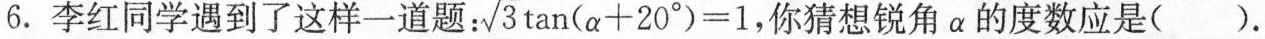
6.李红同学遇到了这样一道题： $$\sqrt {3} \tan ( \alpha+ 2 0° ) = 1$$ ，你猜想锐角α的度数应是().